Sanitation, dispensaries and jails vaccination Rajputana 1922-1927 - 1922-1927
Year: 1922
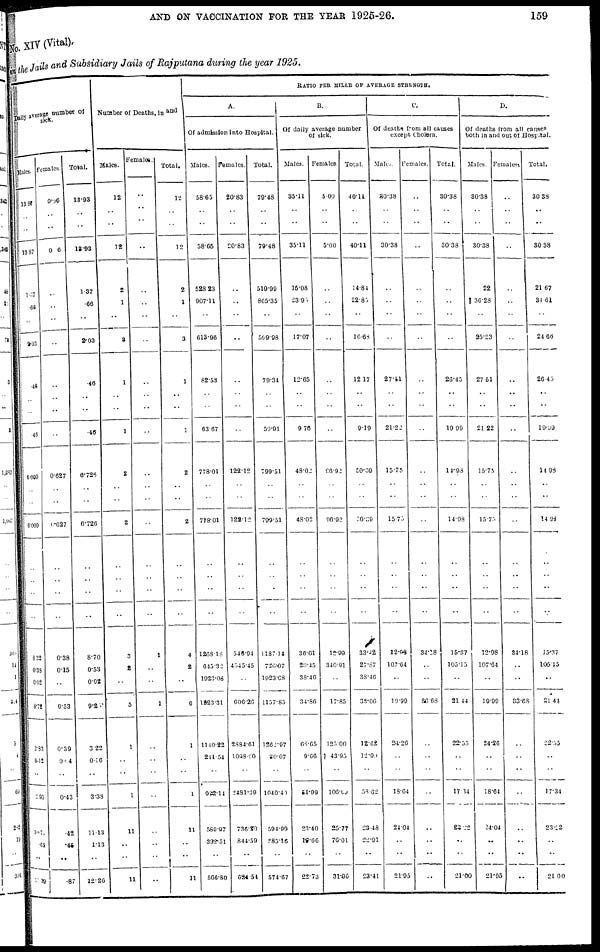
AND ON VACCINATION FOR THE YEAR 1925-26.
159
No. XIV (Vital).
in the Jails and Subsidiary Jails of Rajputana during the year 1925.
Daily average number of
sick.
Males.
13.87
..
..
13.87
1.37
.66
..
2.03
.46
..
..
.46
6.009
..
..
6.099
..
..
..
..
8.32
0.38
0.02
8.72
2.83
0.12
..
2.95
10.71
.68
..
11.39
Females.
0.06
..
..
0.06
..
..
..
..
..
..
..
..
0.627
..
..
0.627
..
..
..
..
0.38
0.15
..
0.53
0.39
0.04
..
0.43
.42
.45
..
.87
Total.
13.93
..
..
13.93
1.37
.66
..
2.03
.46
..
..
.46
6.726
..
..
6.726
..
..
..
..
8.70
0.53
0.02
9.25
3.22
0.16
..
3.38
11.13
1.13
..
12.26
Number of Deaths, in and
Males.
12
..
..
12
2
1
..
3
1
..
..
1
2
..
..
2
..
..
..
..
3
2
..
5
1
..
..
1
11
..
..
11
Females.
..
..
..
..
..
..
..
..
..
..
..
..
..
..
..
..
..
..
..
..
1
..
..
1
..
..
..
..
..
..
..
..
Total.
12
..
..
12
2
1
..
3
1
..
..
1
2
..
..
2
..
..
..
..
4
2
..
6
1
..
..
1
11
..
..
11
RATIO PER MILLE OF AVERAGE STRENGTH.
A.
Of admission into Hospital.
Males.
58.65
..
..
58.65
528.23
907.11
..
613.96
82.53
..
..
63.67
778.01
..
..
778.01
..
..
..
..
1268.18
645.32
1923.08
1223.31
1140.22
244.54
..
932.14
589.97
322.51
..
566.80
Females.
20.83
..
..
20.83
..
..
..
..
..
..
..
..
122.12
..
..
122.12
..
..
..
..
546.94
4545.45
..
606.26
2884.61
1098.90
..
2481.39
736.20
844.59
..
624.54
Total.
79.48
..
..
79.48
519.99
865.35
..
599.98
79.34
..
..
59.91
799.51
..
..
799.51
..
..
..
..
1187.14
736.07
1923.08
1157.85
1262.97
30.07
..
1040.40
594.99
285.16
..
574.67
B.
Of daily average number
of sick.
Males.
35.11
..
..
35.11
15.08
23.95
..
17.07
12.65
..
..
9.76
48.02
..
..
48.02
..
..
..
..
36.01
20.45
38.46
34.86
68.65
9.66
..
54.99
23.40
18.66
..
22.73
Females.
5.00
..
..
5.00
..
..
..
..
..
..
..
..
96.92
..
..
96.92
..
..
..
..
12.99
340.91
..
17.85
125.00
43.95
..
106.09
25.77
76.01
..
31.96
Total.
40.11
..
..
40.11
14.84
22.85
..
16.68
12.17
..
..
9.19
50.39
..
..
50.39
..
..
..
..
33.12
27.87
38.46
38.06
12.62
12.00
..
58.62
23.48
22.91
..
23.41
C.
Of deaths from all causes
except Cholera.
Males.
30.38
..
..
30.38
..
..
..
..
27.51
..
..
21.22
15.75
..
..
15.75
..
..
..
..
12.98
107.64
..
19.99
24.26
..
..
18.64
24.04
..
..
21.95
Females.
..
..
..
..
..
..
..
..
..
..
..
..
..
..
..
..
..
..
..
..
34.18
..
..
36.68
..
..
..
..
..
..
..
..
Total.
30.38
..
..
30.38
..
..
..
..
26.45
..
..
19.99
14.98
..
..
14.98
..
..
..
..
15.37
105.15
..
21.44
22.55
..
..
17.34
23.22
..
..
21.00
D.
Of deaths from all causes
both in and out of Hospital.
Males.
30.38
..
..
30.38
22
36.28
..
25.23
27.51
..
..
21.22
15.73
..
..
15.73
..
..
..
..
12.98
107.64
..
19.99
24.26
..
..
18.64
24.04
..
..
21.95
Females.
..
..
..
..
..
..
..
..
..
..
..
..
..
..
..
..
..
..
..
..
34.18
..
..
33.68
..
..
..
..
..
..
..
..
Total.
30.38
..
..
30.38
21.67
34.61
..
24.66
26.45
..
..
19.99
14.98
..
..
14.98
..
..
..
..
15.37
105.15
..
21.44
22.55
..
..
17.34
23.22
..
..
21.00